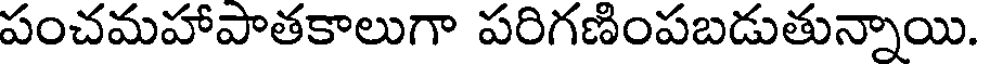
పంచమహాపాతకాలుగా పరిగణింపబడుతున్నాయి.